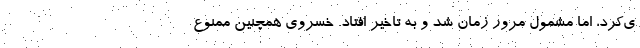
ی‌کرد، اما مشمول مرور زمان شد و به تاخیر افتاد. خسروی همچنین ممنوع